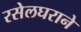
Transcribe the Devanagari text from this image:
रसेलघराने